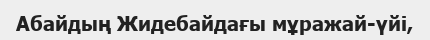
Абайдың Жидебайдағы мұражай-үйі,